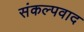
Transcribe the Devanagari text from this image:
संकल्पवाद